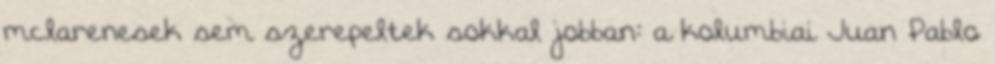
mclarenesek sem szerepeltek sokkal jobban: a kolumbiai Juan Pablo